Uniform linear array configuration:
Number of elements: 4
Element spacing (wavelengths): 0.25
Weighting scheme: blackman
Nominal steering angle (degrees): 15
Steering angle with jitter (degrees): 14.16
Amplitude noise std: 0.05
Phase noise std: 0.05

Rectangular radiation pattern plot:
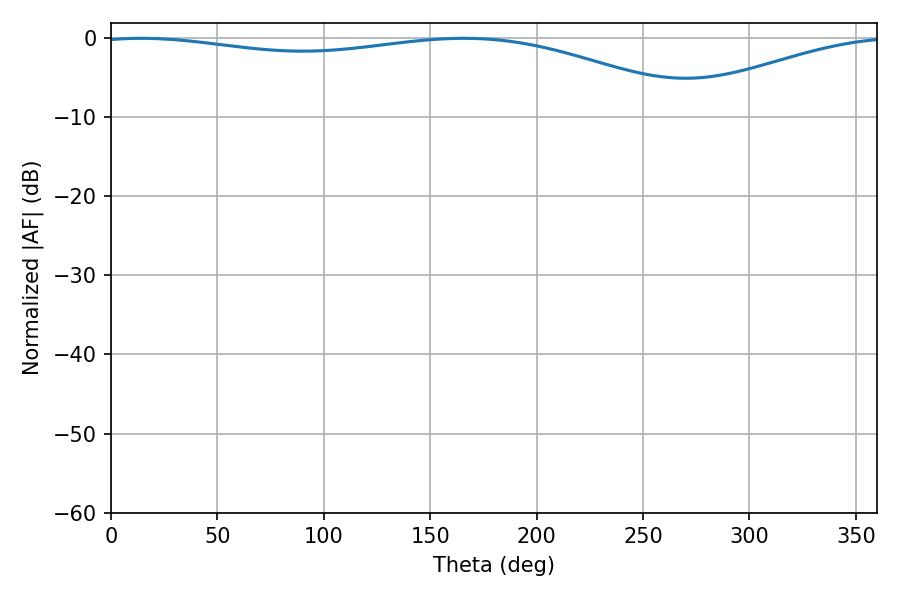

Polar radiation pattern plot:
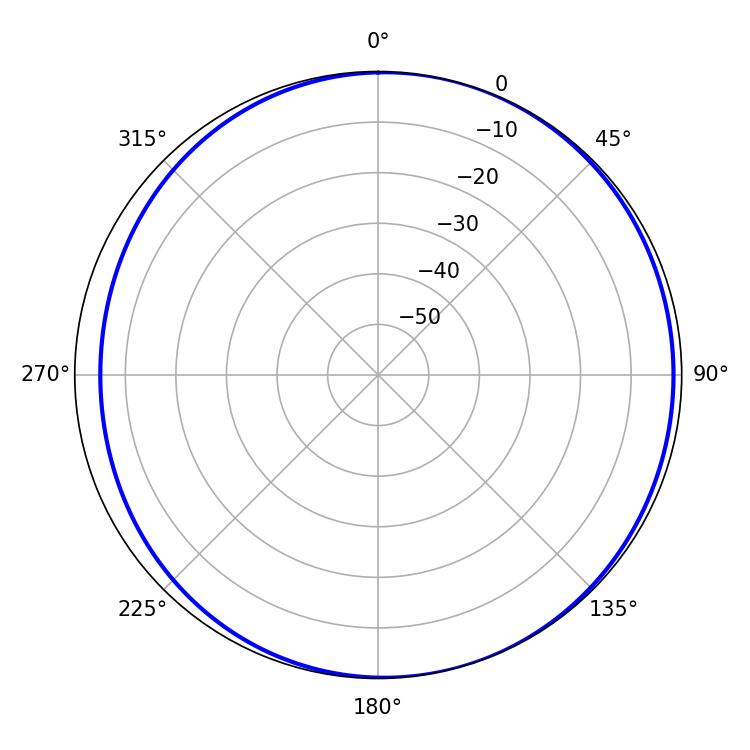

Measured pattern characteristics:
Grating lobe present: FALSE
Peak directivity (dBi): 4.759
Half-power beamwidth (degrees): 228.96
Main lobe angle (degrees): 14.22